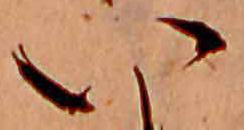
い